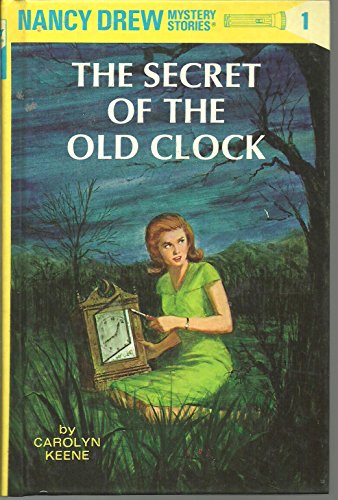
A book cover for Nancy Drew Mystery Stories 1-64 (Nancy Drew); Carolyn Keene; Crafts, Hobbies & Home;